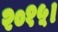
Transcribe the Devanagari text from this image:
२०१५।